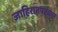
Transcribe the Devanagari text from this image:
जाहिरातपटकार